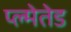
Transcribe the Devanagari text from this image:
प्ल्मेतेड